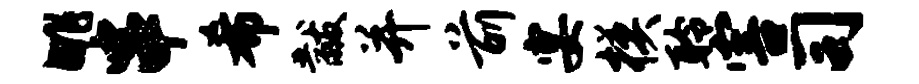
眺串希黻并前宴模聆害司